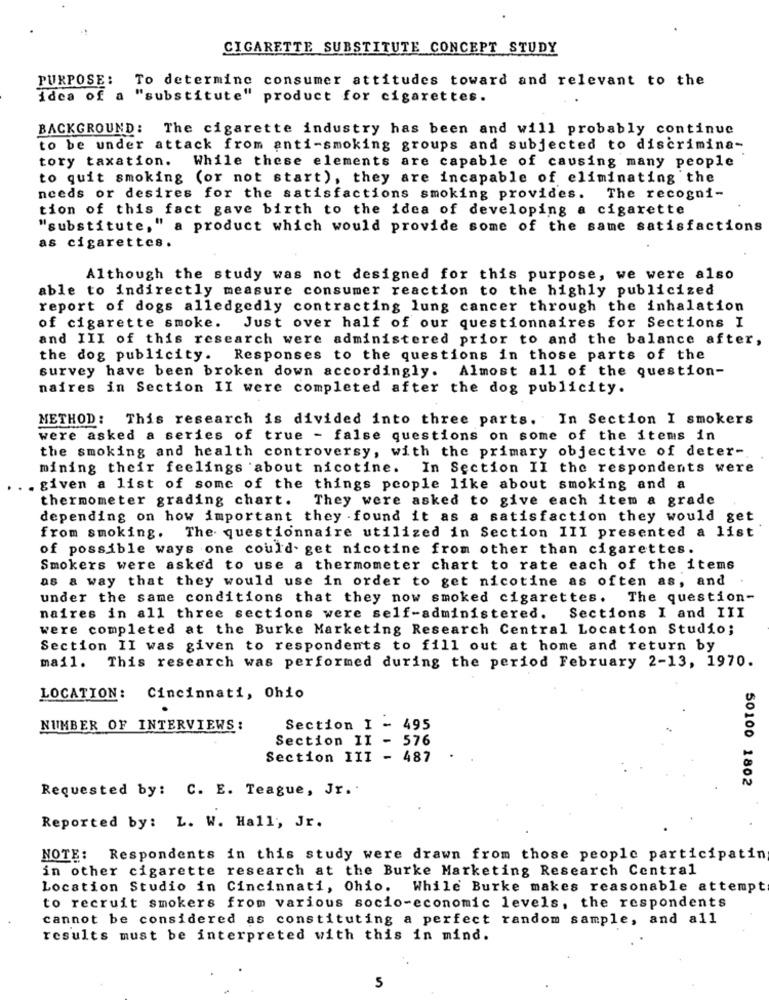
CIGARETTE SUBSTITUTE CONCEPT STUDY
PURPOSE: To determine consumer attitudes toward and relevant to the
idea of a "substitute" product for cigarettes.
BACKGROUND: The cigarette industry has been and will probably continue
to be under attack from anti-smoking groups and subjected to discrimina-
tory taxation. While these elements are capable of causing many people
to quit smoking (or not start), they are incapable of eliminating the
needs or desires for the satisfactions smoking provides.
The recogni-
tion of this fact gave birth to the idea of developing a cigarette
"substitute," a product which would provide some of the same satisfactions
as cigarettes.
Although the study was not designed for this purpose, we were also
able to indirectly measure consumer reaction to the highly publicized
report of dogs alledgedly contracting lung cancer through the inhalation
of cigarette smoke. Just over half of our questionnaires for Sections I
and III of this research were administered prior to and the balance after,
the dog publicity. Responses to the questions in those parts of the
survey have been broken down accordingly. Almost all of the question-
naires in Section II were completed after the dog publicity.
METHOD: This research is divided into three parts. In Section I smokers
were asked a series of true - false questions on some of the items in
the smoking and health controversy, with the primary objective of deter-
mining their feelings about nicotine. In Section II the respondents were
.given a list of some of the things people like about smoking and a
thermometer grading chart. They were asked to give each item a grade
depending on how important they found it as a satisfaction they would get
from smoking. The questionnaire utilized in Section III presented a list
of possible ways one could get nicotine from other than cigarettes.
Smokers were asked to use a thermometer chart to rate each of the items
as a way that they would use in order to get nicotine as often as, and
under the same conditions that they now smoked cigarettes. The question-
naires in all three sections were self-administered. Sections I and III
were completed at the Burke Marketing Research Central Location Studio;
Section II was given to respondents to fill out at home and return by
mail. This research was performed during the period February 2-13, 1970.
LOCATION:
Cincinnati, Ohio
NUMBER OF INTERVIEWS:
Section I - 495
Section II - 576
Section III - 487
50100 1802
Requested by: C. E. Teague, Jr ..
Reported by: L. W. Hall, Jr.
NOTE: Respondents in this study were drawn from those people participating
in other cigarette research at the Burke Marketing Research Central
Location Studio in Cincinnati, Ohio. While Burke makes reasonable attempt
to recruit smokers from various socio-economic levels, the respondents
cannot be considered as constituting a perfect random sample, and all
results must be interpreted with this in mind.
5